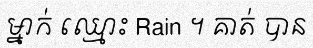
ម្នាក់ ឈ្មោះ Rain ។ គាត់ បាន